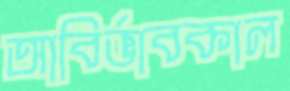
আবির্ভাবকাল